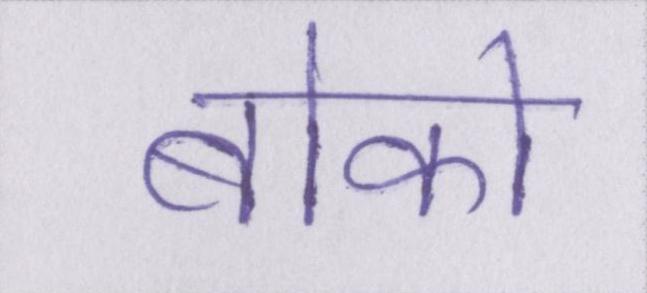
बोको